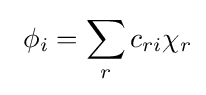
\ \phi _{i}=\sum _{r}c_{ri}\chi _{r}